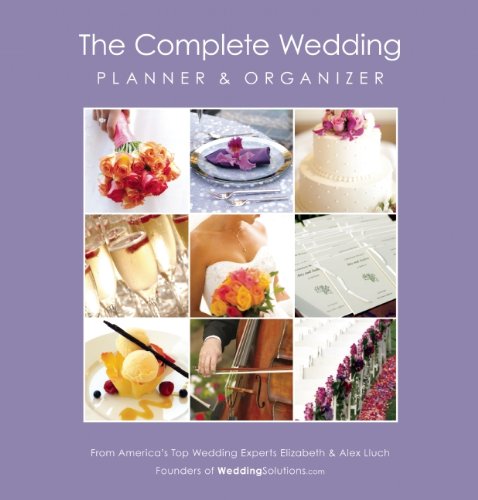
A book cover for The Complete Wedding Planner & Organizer; Elizabeth Lluch; Crafts, Hobbies & Home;